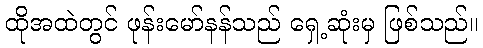
ထိုအထဲတွင် ဖုန်းမော်နန်သည် ရှေ့ဆုံးမှ ဖြစ်သည်။